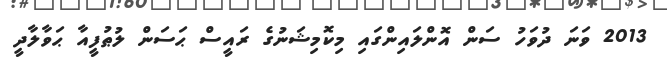
2013 ވަނަ ދުވަހު ސަން އޮންލައިންގައި މިކޮމިޝަނުގެ ރައީސް ޙަސަން ލުޠުފީއާ ޙަވާލާދީ